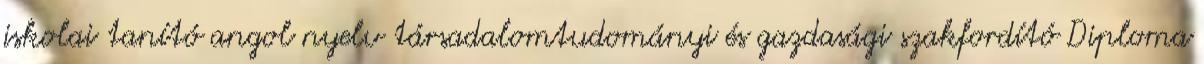
iskolai tanító angol nyelv társadalomtudományi és gazdasági szakfordító Diploma